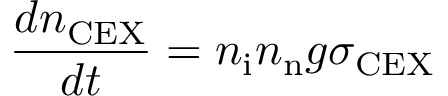
\frac { d n _ { \mathrm { C E X } } } { d t } = n _ { \mathrm { i } } n _ { \mathrm { n } } g \sigma _ { \mathrm { C E X } }